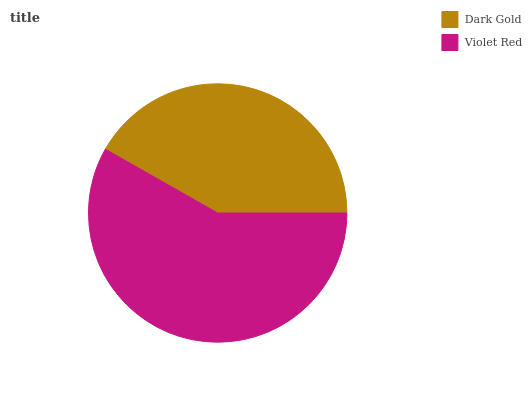
| Dark Gold | Violet Red |
 | --- | --- |
 | 41.7% | 58.3% |